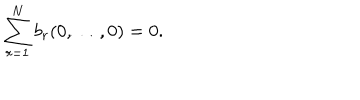
LaTeX: \sum _ { r = 1 } ^ { N } b _ { r } ( 0 , \ldots , 0 ) = 0 .